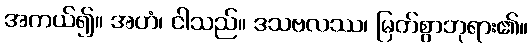
အကယ်၍။ အဟံ၊ ငါသည်။ ဒသဗလဿ၊ မြတ်စွာဘုရား၏။